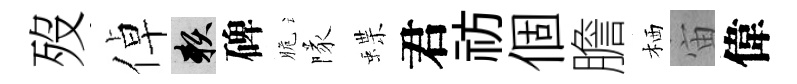
歿倬賴碑脆隊蝶君祊個膽栖宙偉